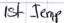
Text: Ist_Temp